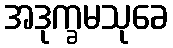
အဒုက္ခမသုခေ